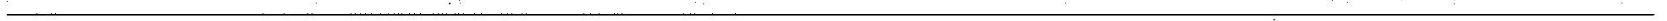
___